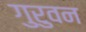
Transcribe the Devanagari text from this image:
गुरुवन